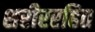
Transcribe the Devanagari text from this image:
शरीररहित